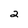
Character: 2